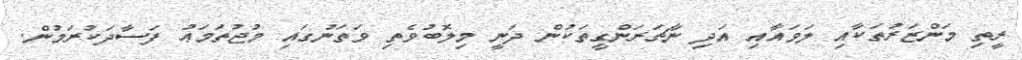
ރީތި މަންޒަރުތަކާއި ލަވައާއި އަދި ނާޗަރަންގީތަކުން ދަނީ މިލޮބުވެތި ވަތަނުގައި މުޖުތަމަޢު ފަސާދަކުރަމުން.